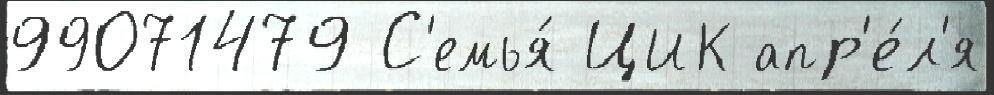
99071479 С'емья́ ЦИК апр'е́л'я